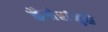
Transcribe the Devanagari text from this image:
कॅमेरांमुळे